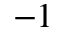
^ { - 1 }